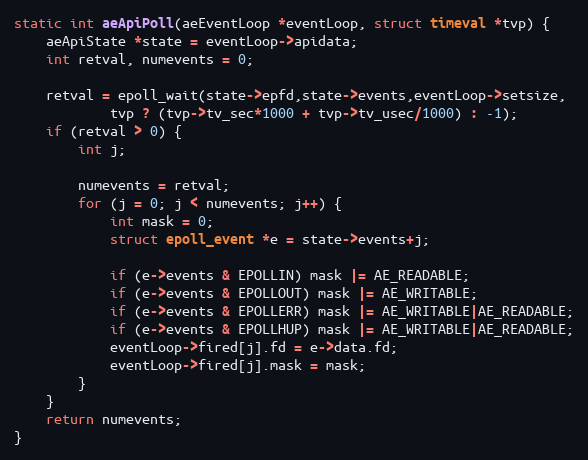
Language: C
static int aeApiPoll(aeEventLoop *eventLoop, struct timeval *tvp) {
    aeApiState *state = eventLoop->apidata;
    int retval, numevents = 0;

    retval = epoll_wait(state->epfd,state->events,eventLoop->setsize,
            tvp ? (tvp->tv_sec*1000 + tvp->tv_usec/1000) : -1);
    if (retval > 0) {
        int j;

        numevents = retval;
        for (j = 0; j < numevents; j++) {
            int mask = 0;
            struct epoll_event *e = state->events+j;

            if (e->events & EPOLLIN) mask |= AE_READABLE;
            if (e->events & EPOLLOUT) mask |= AE_WRITABLE;
            if (e->events & EPOLLERR) mask |= AE_WRITABLE|AE_READABLE;
            if (e->events & EPOLLHUP) mask |= AE_WRITABLE|AE_READABLE;
            eventLoop->fired[j].fd = e->data.fd;
            eventLoop->fired[j].mask = mask;
        }
    }
    return numevents;
}